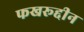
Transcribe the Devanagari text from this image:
फखरूद्दीन